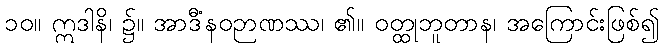
၁၀။ ဣဒါနိ၊ ၌။ အာဒီနဝဉာဏဿ၊ ၏။ ဝတ္ထုဘူတာနံ၊ အကြောင်းဖြစ်၍